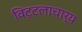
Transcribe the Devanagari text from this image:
विट्टलाचार्य